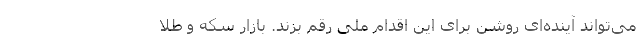
می‌تواند آینده‌ای روشن برای این اقدام ملی رقم بزند. بازار سکه و طلا